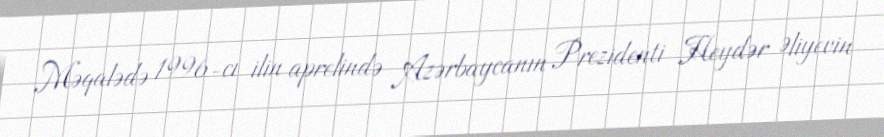
Məqalədə 1996-cı ilin aprelində Azərbaycanın Prezidenti Heydər Əliyevin